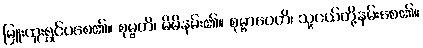
မြူးထူးရွှင်ပစေ၏။ စုမ္ဗတိ၊ မိမိနမ်း၏။ စုမ္ဗာပေတိ၊ သူငယ်တို့နမ်းစေ၏။